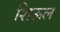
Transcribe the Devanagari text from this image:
शिऊल